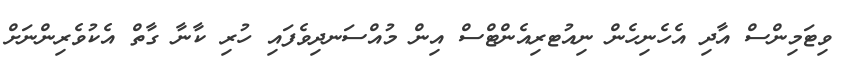
ވިޓަމިންސް އާދި އެހެނިހެން ނިއުޓރިއެންޓްސް އިން މުއްސަނދިވެފައި ހުރި ކާނާ ގާތް އެކުވެރިންނަށް